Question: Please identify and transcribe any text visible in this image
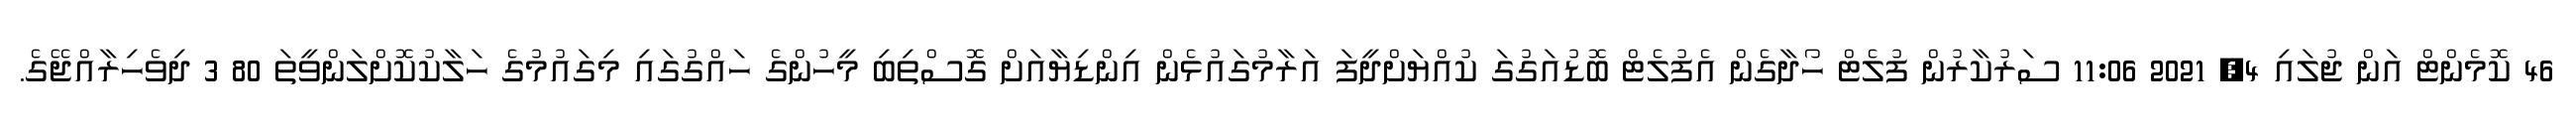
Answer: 46 ކޮމެންޓް އަން ޖުލައި 4, 2021 11:06 ސަރުކާރުން ފުލެޓް ހޯދާގެން އެފުލެޓް ބޮޑުއަގުގަ ކުއްޔަށްދީފަ އަރާމުގައުޅެން އިންޑިޔާއަށް ގޮސްތިބި މީހުންގެ ހައްގުގައި މިގައުމުގެ ހަލާކުކޮށްލަންވީތަ 80 3 ދިވެހިރާއްޖޭގެ.